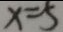
x = 5